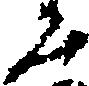
く